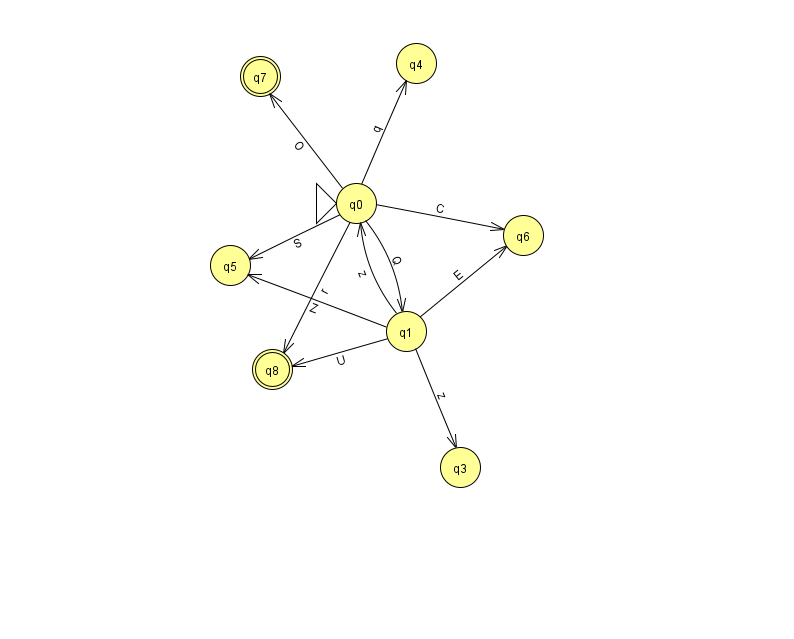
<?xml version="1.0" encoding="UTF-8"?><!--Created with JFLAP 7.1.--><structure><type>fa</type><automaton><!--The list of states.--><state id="0" name="q0"><x>356.0</x><y>190.0</y><initial/></state><state id="1" name="q1"><x>406.0</x><y>318.0</y></state><state id="3" name="q3"><x>460.0</x><y>454.0</y></state><state id="4" name="q4"><x>416.0</x><y>50.0</y></state><state id="5" name="q5"><x>230.0</x><y>252.0</y></state><state id="6" name="q6"><x>523.0</x><y>222.0</y></state><state id="7" name="q7"><x>260.0</x><y>63.0</y><final/></state><state id="8" name="q8"><x>272.0</x><y>356.0</y><final/></state><!--The list of transitions.--><transition><from>0</from><to>5</to><read>S</read></transition><transition><from>1</from><to>8</to><read>U</read></transition><transition><from>1</from><to>0</to><read>z</read></transition><transition><from>1</from><to>6</to><read>E</read></transition><transition><from>1</from><to>5</to><read>Z</read></transition><transition><from>1</from><to>3</to><read>z</read></transition><transition><from>0</from><to>8</to><read>r</read></transition><transition><from>0</from><to>6</to><read>C</read></transition><transition><from>0</from><to>4</to><read>q</read></transition><transition><from>0</from><to>7</to><read>O</read></transition><transition><from>0</from><to>1</to><read>Q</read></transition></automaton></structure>